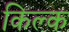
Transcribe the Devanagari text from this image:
किल्क